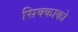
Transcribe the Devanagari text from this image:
सिक्काको